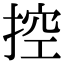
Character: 控